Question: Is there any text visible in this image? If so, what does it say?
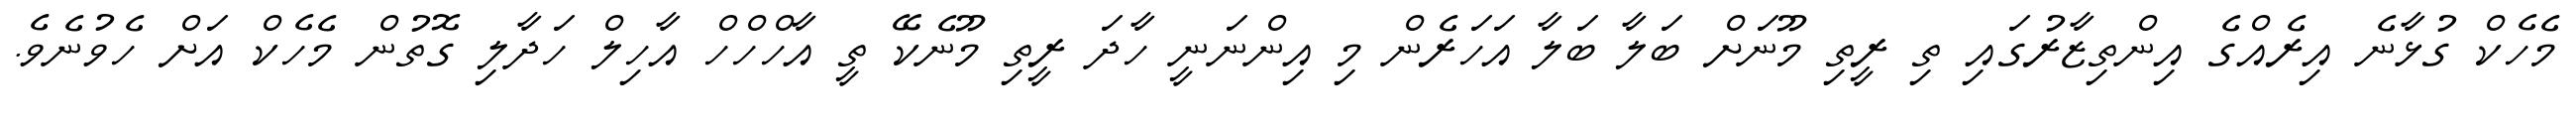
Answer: މެހެކް ގުޅާނެ އިރެއްގެ އިންތިޒާރުގައި ތި ރީތި މޫނަށް ބަލާ ބަލާ އަހަރެން މި އިންނަނީ ހާދަ ރީތި މޫނެކޭ ތީ އާހްހްހް އާހިލް ހަދާލި ގޮތުން މެހެކް އަށް ހެވުނެވެ.